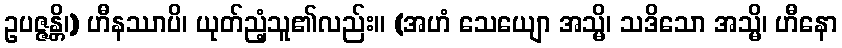
ဥပဇ္ဇန္တိ၊) ဟီနဿာပိ၊ ယုတ်ညံ့သူ၏လည်း။ (အဟံ သေယျော အသ္မိ၊ သဒိသော အသ္မိ၊ ဟီနော